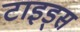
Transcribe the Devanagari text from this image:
टाइड्स